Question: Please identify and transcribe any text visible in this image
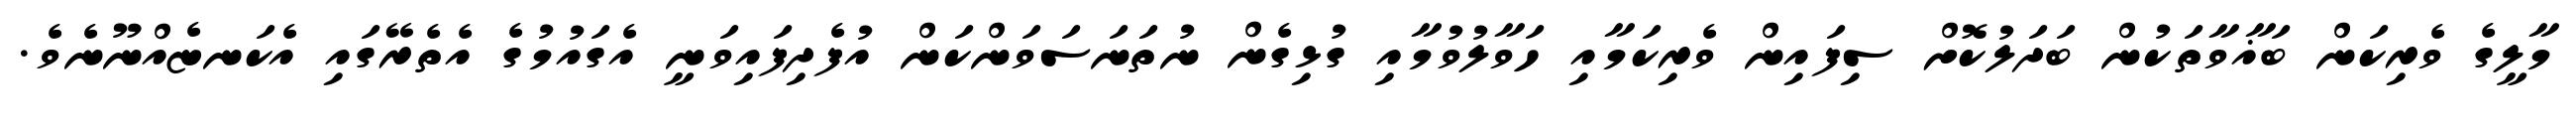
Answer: މާލީގެ ވެރިކަން ބަޣާވާތަކުން ބަދަލުކޮށް ސިފައިން ވެރިކަމާއި ހަވާލުވުމާއި ގުޅިގެން ނުތަނަސަވަންކަން އުފެދިފައިވަނީ އެގައުމުގެ އެތެރޭގައި އެކަނޏެއްނޫނެވެ.